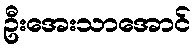
ဦးအေးသာအောင်